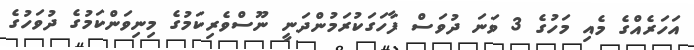
އަހަރެއްގެ މެއި މަހުގެ 3 ވަނަ ދުވަސް ފާހަގަކުރަމުންދަނީ ނޫސްވެރިކަމުގެ މިނިވަންކަމުގެ ދުވަހުގެ